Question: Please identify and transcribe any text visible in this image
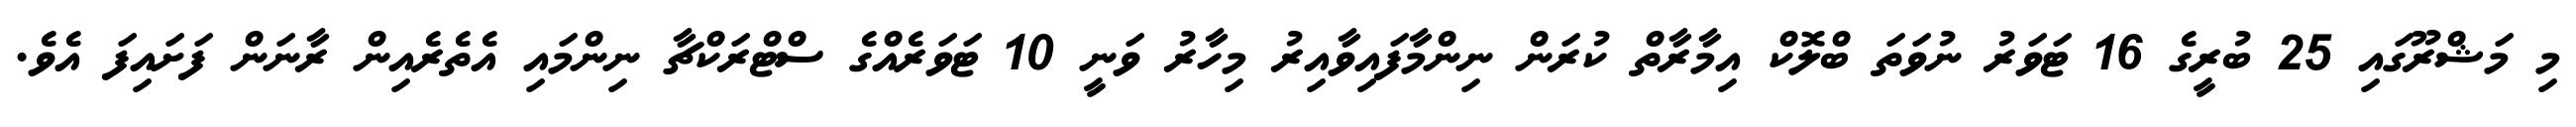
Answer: މި މަޝްރޫގައި 25 ބުރީގެ 16 ޓަވަރު ނުވަތަ ބްލޮކް އިމާރާތް ކުރަން ނިންމާފައިވާއިރު މިހާރު ވަނީ 10 ޓަވަރެއްގެ ސްޓްރަކްޗާ ނިންމައި އެތެރެއިން ރާނަން ފަށައިފަ އެވެ.